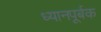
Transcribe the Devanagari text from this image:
ध्यानपूर्बक